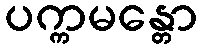
ပက္ကမန္တော